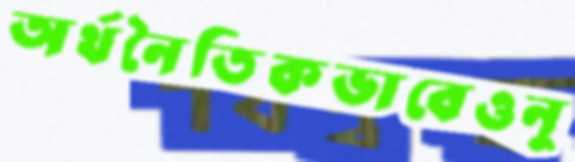
অর্থনৈতিকভাবেওনু